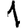
Digit: 1